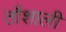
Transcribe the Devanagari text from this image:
तौशाली